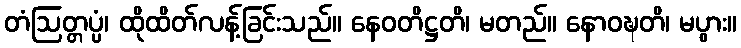
တံဩတ္တပ္ပံ၊ ထိုထိတ်လန့်ခြင်းသည်။ နေဝတိဋ္ဌတိ၊ မတည်။ နောဝဍ္ဎတိ၊ မပွား။